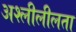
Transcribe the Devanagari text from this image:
अश्लीलीलता